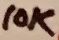
Text: 10K